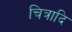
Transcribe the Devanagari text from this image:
चित्रादि